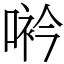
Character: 𠸐